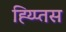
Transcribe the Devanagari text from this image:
ह्य्प्तिस